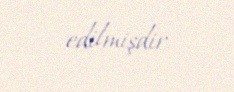
edilmişdir.